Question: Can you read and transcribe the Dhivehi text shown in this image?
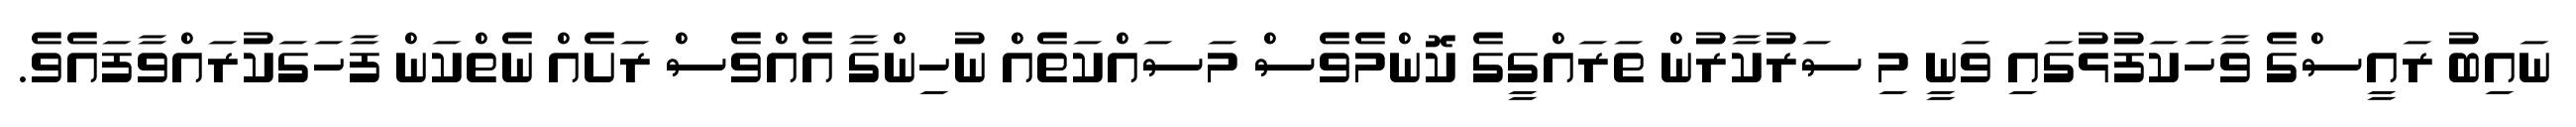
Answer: ނައިބު ރައީސްގެ ވާހަކަފުޅުގައި ވަނީ މި ސަރުކާރުން ތަރައްގީގެ ކޮންމެވެސް މަސައްކަތެއް ނުހިންގާ އެއްވެސް ރަށެއް ނެތްކަން ފާހަގަކުރައްވާފައެވެ.